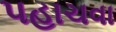
પહાચવા